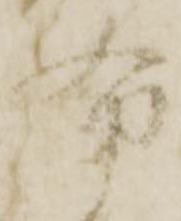
布